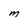
Character: M